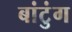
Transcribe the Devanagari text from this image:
बांटुंग